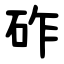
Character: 砟